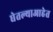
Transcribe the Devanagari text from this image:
घेतल्याआहेत